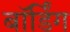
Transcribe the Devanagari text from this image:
बॉर्डिंग